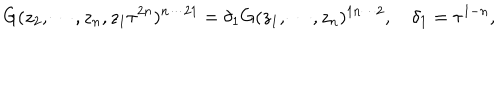
LaTeX: G ( z _ { 2 } , \cdots , z _ { n } , z _ { 1 } \tau ^ { 2 n } ) ^ { n \cdots 2 1 } = \delta _ { 1 } G ( z _ { 1 } , \cdots , z _ { n } ) ^ { 1 n \cdots 2 } , ~ \delta _ { 1 } = \tau ^ { 1 - n } ,